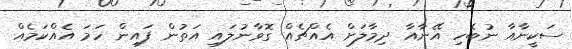
ސަކީނާއާ ނުބެހި އޭނާއާ ދިމާލަށް އެއްޗެއް ގޮވާނުލައި އަތުން ފައިން ހަމަ އެއްކަމެއް